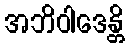
အဘိဝါဒေန္တိ